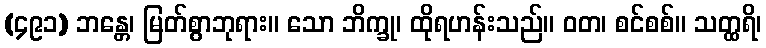
(၄၉၁) ဘန္တေ၊ မြတ်စွာဘုရား။ သော ဘိက္ခု၊ ထိုရဟန်းသည်။ ဝတ၊ စင်စစ်။ သတ္ထရိ၊